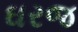
ઘરજ